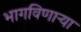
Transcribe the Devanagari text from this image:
भागविणाऱ्या